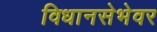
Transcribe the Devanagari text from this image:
विधानसेभेवर